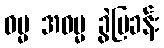
ဓမ္မ အဓမ္မ ခွဲပြခန်း